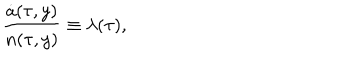
\frac { \dot { a } ( \tau , y ) } { n ( \tau , y ) } \equiv \lambda ( \tau ) ,